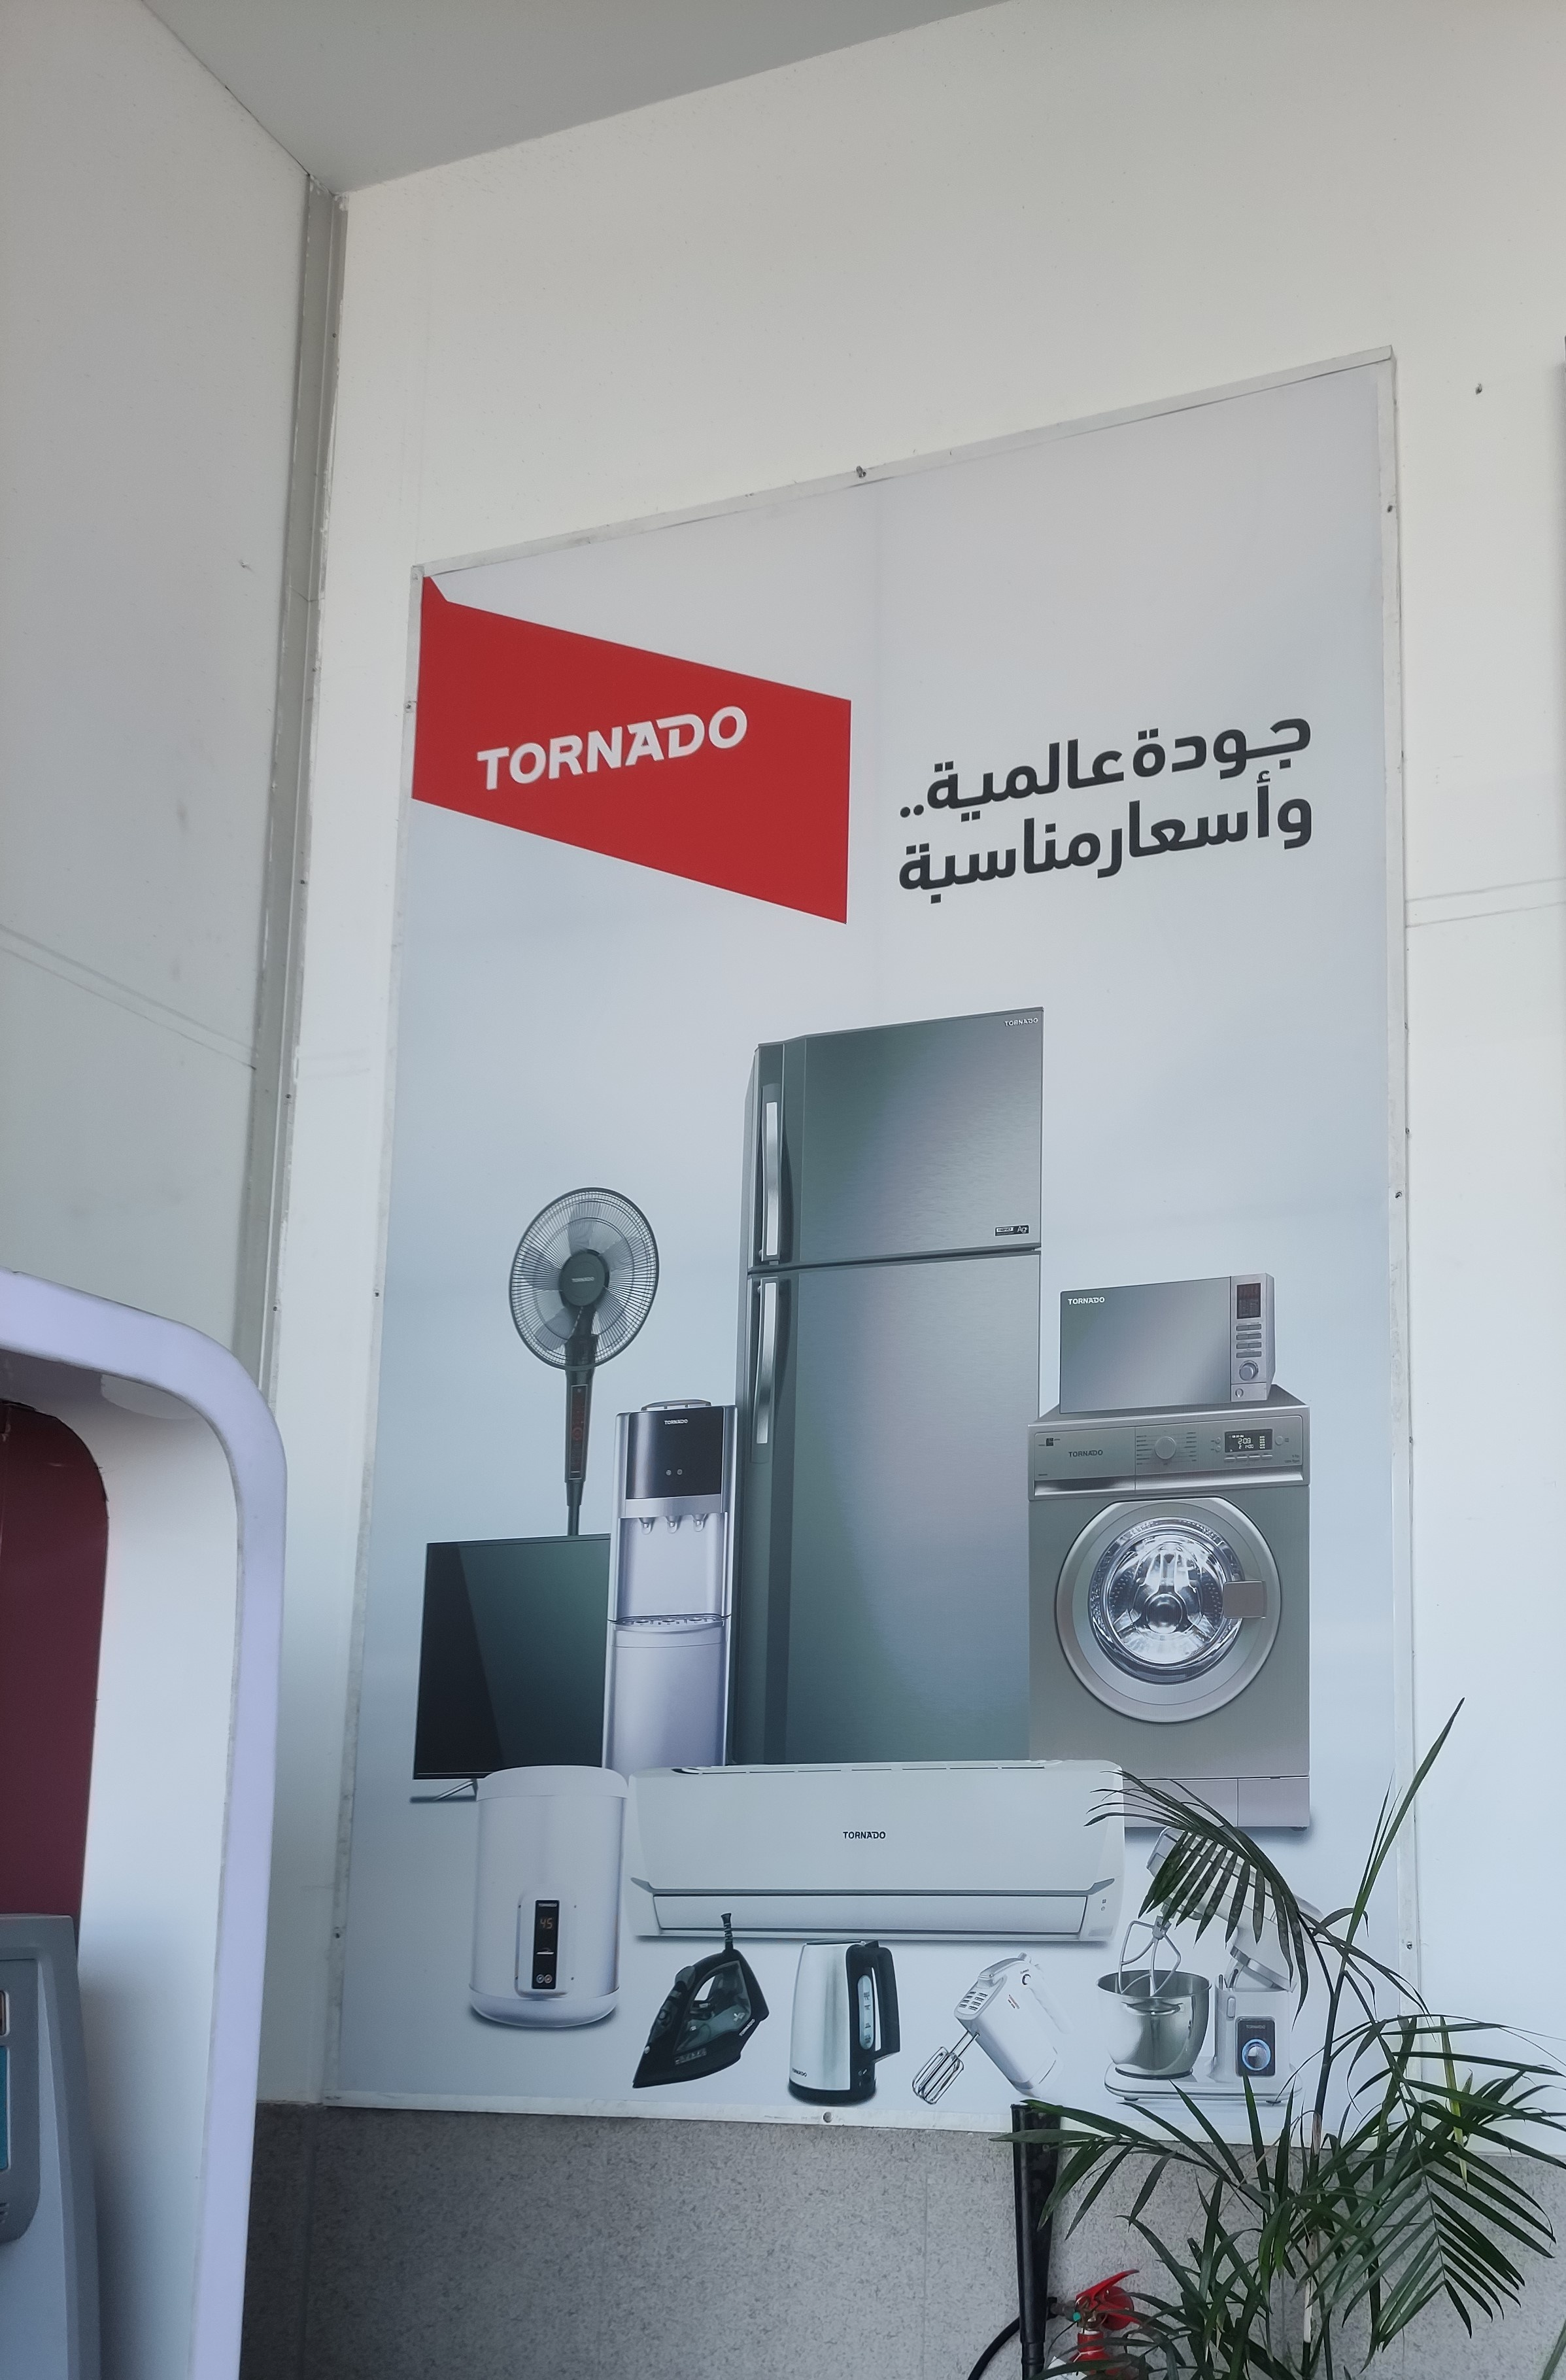
Text in image: جودة عالمية وأسعار مناسبة TORNADO